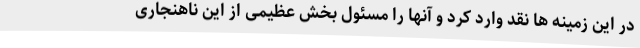
در این زمینه ها نقد وارد کرد و آنها را مسئول بخش عظیمی از این ناهنجاری